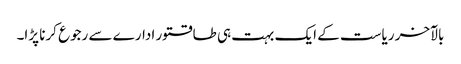
بالآخر ریاست کے ایک بہت ہی طاقتور ادارے سے رجوع کرنا پڑا۔